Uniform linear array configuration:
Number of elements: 8
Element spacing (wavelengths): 0.5
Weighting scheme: blackman
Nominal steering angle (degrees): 45
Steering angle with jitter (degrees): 43.412
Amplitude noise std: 0.05
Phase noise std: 0.05

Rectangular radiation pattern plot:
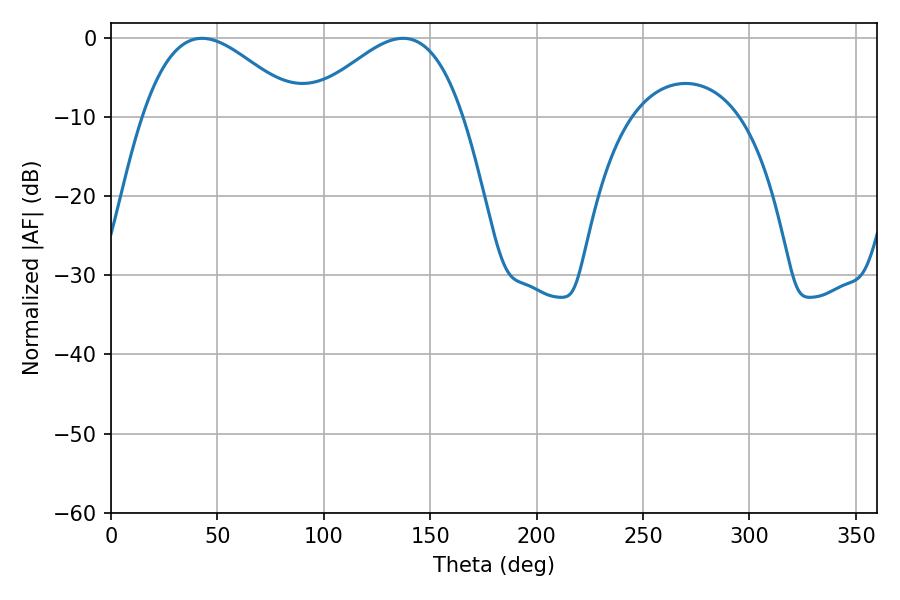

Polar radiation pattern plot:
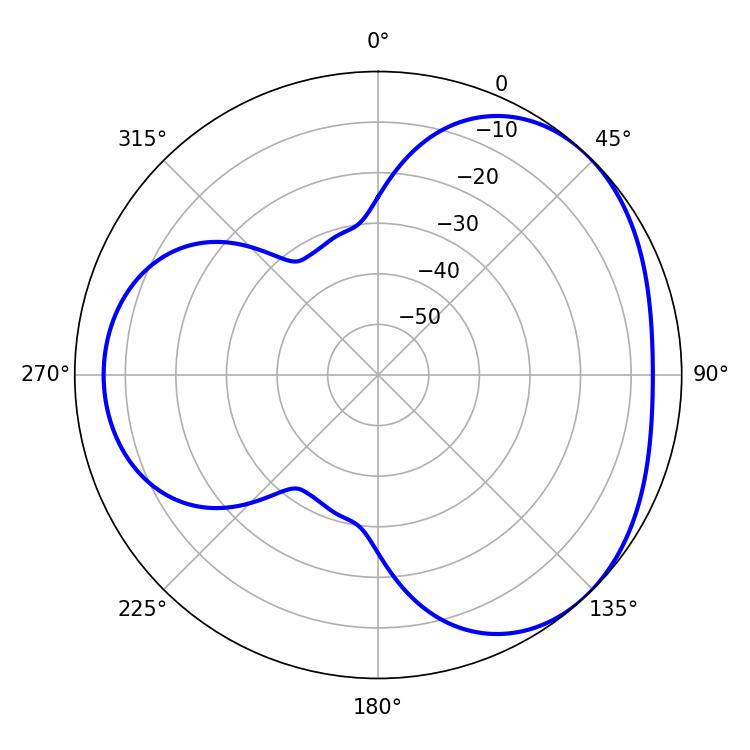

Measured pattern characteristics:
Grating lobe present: FALSE
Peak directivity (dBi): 3.452
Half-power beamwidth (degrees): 39.78
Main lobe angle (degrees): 42.84